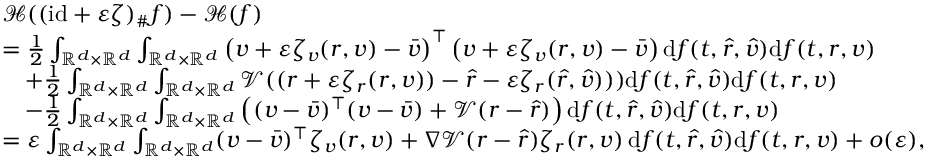
\begin{array} { r l } & { \mathcal H ( ( \mathrm { i d } + \varepsilon \zeta ) _ { \# } f ) - \mathcal H ( f ) } \\ & { = \frac { 1 } { 2 } \int _ { \mathbb R ^ { d } \times \mathbb R ^ { d } } \int _ { \mathbb R ^ { d } \times \mathbb R ^ { d } } \left( v + \varepsilon \zeta _ { v } ( r , v ) - \bar { v } \right) ^ { \top } \left( v + \varepsilon \zeta _ { v } ( r , v ) - \bar { v } \right) \mathrm d f ( t , \hat { r } , \hat { v } ) \mathrm d f ( t , r , v ) } \\ & { \quad + \frac { 1 } { 2 } \int _ { \mathbb R ^ { d } \times \mathbb R ^ { d } } \int _ { \mathbb R ^ { d } \times \mathbb R ^ { d } } \mathcal V ( ( r + \varepsilon \zeta _ { r } ( r , v ) ) - \hat { r } - \varepsilon \zeta _ { r } ( \hat { r } , \hat { v } ) ) ) \mathrm d f ( t , \hat { r } , \hat { v } ) \mathrm d f ( t , r , v ) } \\ & { \quad - \frac { 1 } { 2 } \int _ { \mathbb R ^ { d } \times \mathbb R ^ { d } } \int _ { \mathbb R ^ { d } \times \mathbb R ^ { d } } \left( ( v - \bar { v } ) ^ { \top } ( v - \bar { v } ) + \mathcal V ( r - \hat { r } ) \right) \mathrm d f ( t , \hat { r } , \hat { v } ) \mathrm d f ( t , r , v ) } \\ & { = \varepsilon \int _ { \mathbb R ^ { d } \times \mathbb R ^ { d } } \int _ { \mathbb R ^ { d } \times \mathbb R ^ { d } } ( v - \bar { v } ) ^ { \top } \zeta _ { v } ( r , v ) + \nabla \mathcal V ( r - \hat { r } ) \zeta _ { r } ( r , v ) \, \mathrm d f ( t , \hat { r } , \hat { v } ) \mathrm d f ( t , r , v ) + o ( \varepsilon ) , } \end{array}